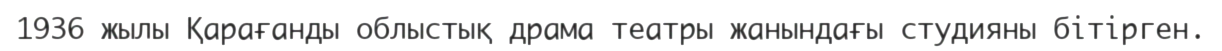
1936 жылы Қарағанды облыстық драма театры жанындағы студияны бітірген.